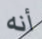
أنه